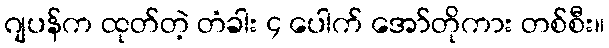
ဂျပန်က ထုတ်တဲ့ တံခါး ၄ ပေါက် အော်တိုကား တစ်စီး။